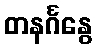
တနင်္ဂနွေ